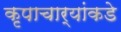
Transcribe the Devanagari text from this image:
कृपाचार्यांकडे